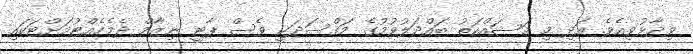
ވިދާޅުވިއެވެ. އަދި މި މަސައްކަތު ބައްދަލުވުމުގެ މަޤްސަދަކީ ވެސް ޕާޓީ ނިޒާމް ދެމެހެއްޓުމަށްޓަކައި